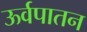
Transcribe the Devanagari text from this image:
ऊर्वपातन